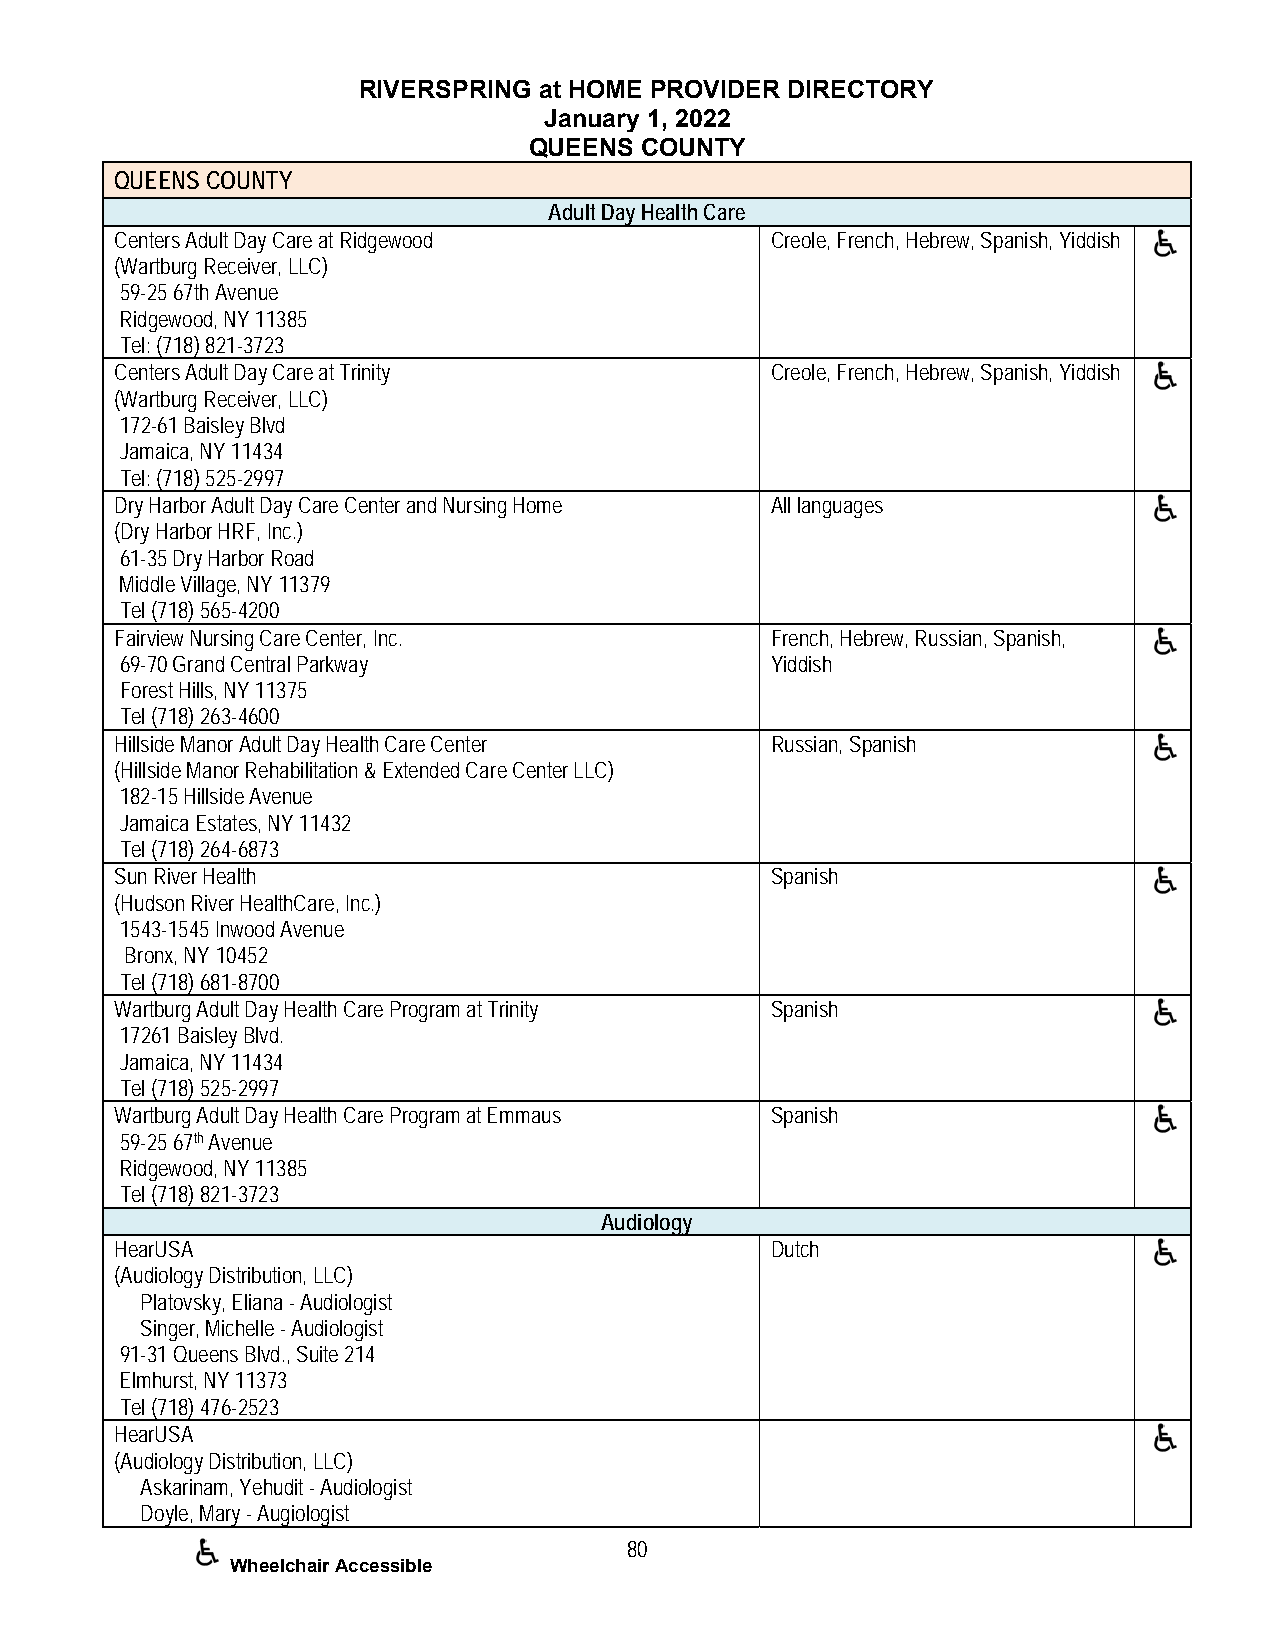
RIVERSPRING at HOME PROVIDER DIRECTORY
 January 1, 2022
 QUEENS COUNTY
 QUEENS COUNTY
 Adult Day Health Care
 Centers Adult Day Care at Ridgewood        Creole, French, Hebrew, Spanish, Yiddish
 (Wartburg Receiver, LLC)
 59-25 67th Avenue
 Ridgewood, NY 11385
 Tel: (718) 821-3723
 Centers Adult Day Care at Trinity          Creole, French, Hebrew, Spanish, Yiddish
 (Wartburg Receiver, LLC)
 172-61 Baisley Blvd
 Jamaica, NY 11434
 Tel: (718) 525-2997
 Dry Harbor Adult Day Care Center and Nursing Home All languages
 (Dry Harbor HRF, Inc.)
 61-35 Dry Harbor Road
 Middle Village, NY 11379
 Tel (718) 565-4200
 Fairview Nursing Care Center, Inc.         French, Hebrew, Russian, Spanish,
 69-70 Grand Central Parkway                Yiddish
 Forest Hills, NY 11375
 Tel (718) 263-4600
 Hillside Manor Adult Day Health Care Center Russian, Spanish
 (Hillside Manor Rehabilitation & Extended Care Center LLC)
 182-15 Hillside Avenue
 Jamaica Estates, NY 11432
 Tel (718) 264-6873
 Sun River Health                           Spanish
 (Hudson River HealthCare, Inc.)
 1543-1545 Inwood Avenue
 Bronx, NY 10452
 Tel (718) 681-8700
 Wartburg Adult Day Health Care Program at Trinity Spanish
 17261 Baisley Blvd.
 Jamaica, NY 11434
 Tel (718) 525-2997
 Wartburg Adult Day Health Care Program at Emmaus Spanish
 59-25 67th Avenue
 Ridgewood, NY 11385
 Tel (718) 821-3723
 Audiology
 HearUSA                                    Dutch
 (Audiology Distribution, LLC)
 Platovsky, Eliana - Audiologist
 Singer, Michelle - Audiologist
 91-31 Queens Blvd., Suite 214
 Elmhurst, NY 11373
 Tel (718) 476-2523
 HearUSA
 (Audiology Distribution, LLC)
 Askarinam, Yehudit - Audiologist
 Doyle, Mary - Augiologist
 80
 Wheelchair Accessible